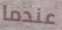
عندما